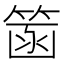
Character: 䈄